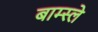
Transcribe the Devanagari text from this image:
बाम्स्ले